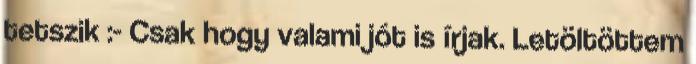
tetszik :- Csak hogy valami jót is írjak. Letöltöttem